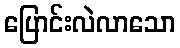
ပြောင်းလဲလာသော